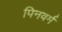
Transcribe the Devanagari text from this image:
पिनवर्म